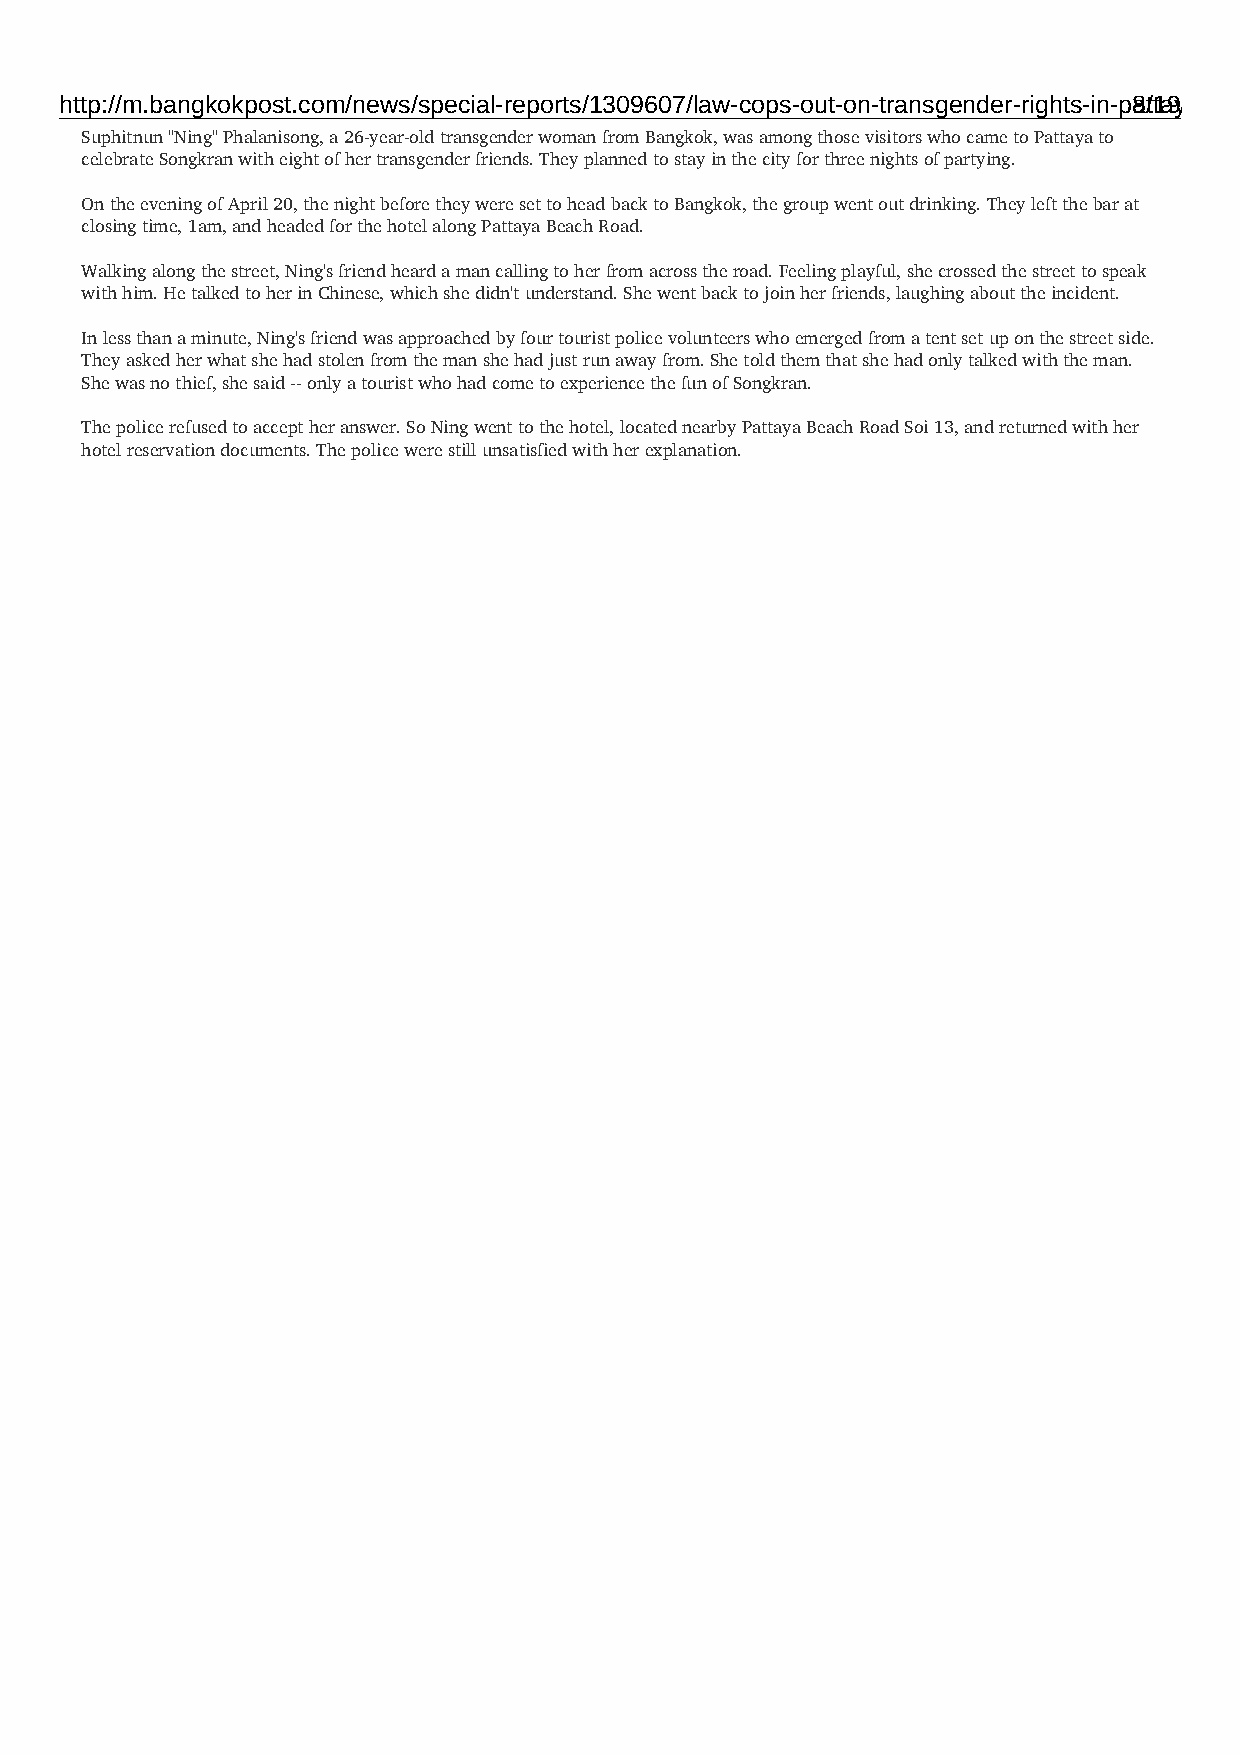
http://m.bangkokpost.com/news/special-reports/1309607/law-cops-out-on-transgender-rights-in-pa8t/t1a9ya
 Suphitnun "Ning" Phalanisong, a 26-year-old transgender woman from Bangkok, was among those visitors who came to Pattaya to
 celebrate Songkran with eight of her transgender friends. They planned to stay in the city for three nights of partying.
 On the evening of April 20, the night before they were set to head back to Bangkok, the group went out drinking. They left the bar at
 closing time, 1am, and headed for the hotel along Pattaya Beach Road.
 Walking along the street, Ning's friend heard a man calling to her from across the road. Feeling playful, she crossed the street to speak
 with him. He talked to her in Chinese, which she didn't understand. She went back to join her friends, laughing about the incident.
 In less than a minute, Ning's friend was approached by four tourist police volunteers who emerged from a tent set up on the street side.
 They asked her what she had stolen from the man she had just run away from. She told them that she had only talked with the man.
 She was no thief, she said -- only a tourist who had come to experience the fun of Songkran.
 The police refused to accept her answer. So Ning went to the hotel, located nearby Pattaya Beach Road Soi 13, and returned with her
 hotel reservation documents. The police were still unsatisfied with her explanation.